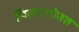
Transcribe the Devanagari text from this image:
पित्यासोबत